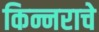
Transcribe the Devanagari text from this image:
किन्नराचे